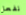
تفعل